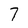
Character: 7